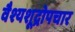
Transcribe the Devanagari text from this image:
वैश्यशूद्रोपचार